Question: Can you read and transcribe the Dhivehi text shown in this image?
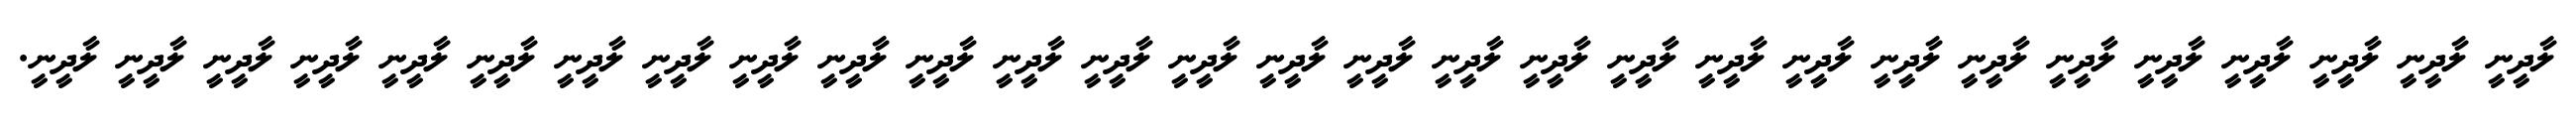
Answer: ލާދީނީ ލާދީނީ ލާދީނީ ލާދީނީ ލާދީނީ ލާދީނީ ލާދީނީ ލާދީނީ ލާދީނީ ލާދީނީ ލާދީނީ ލާދީނީ ލާދީނީ ލާދީނީ ލާދީނީ ލާދީނީ ލާދީނީ ލާދީނީ ލާދީނީ ލާދީނީ ލާދީނީ ލާދީނީ ލާދީނީ ލާދީނީ ލާދީނީ ލާދީނީ ލާދީނީ ލާދީނީ ލާދީނީ.